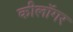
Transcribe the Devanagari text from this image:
कीलॉगर